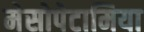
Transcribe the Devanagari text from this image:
मेसोपेटामिया